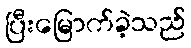
ပြီးမြောက်ခဲ့သည်